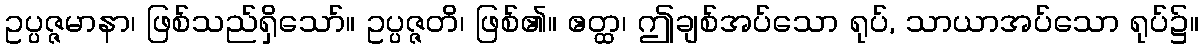
ဥပ္ပဇ္ဇမာနာ၊ ဖြစ်သည်ရှိသော်။ ဥပ္ပဇ္ဇတိ၊ ဖြစ်၏။ ဧတ္ထ၊ ဤချစ်အပ်သော ရုပ်, သာယာအပ်သော ရုပ်၌။